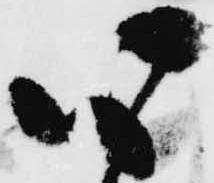
心